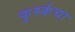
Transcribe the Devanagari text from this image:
कुर्स्कचा